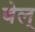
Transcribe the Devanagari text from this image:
बेल्